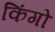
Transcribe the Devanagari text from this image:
किंगो